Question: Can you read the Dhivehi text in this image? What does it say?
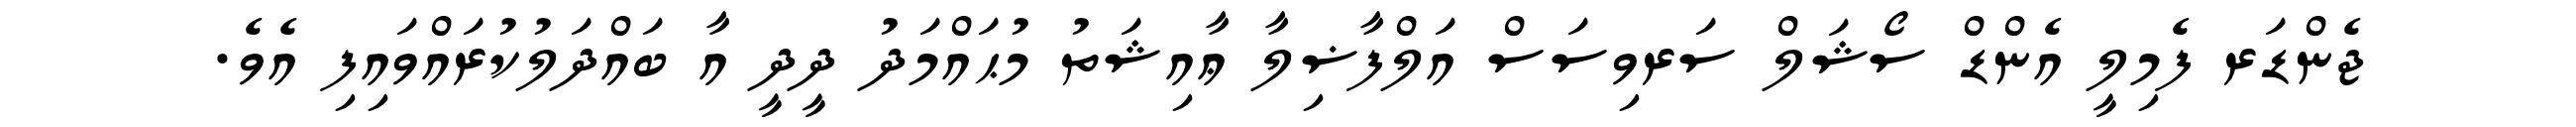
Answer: ޖެންޑަރ ފެމިލީ އެންޑް ސޯޝަލް ސަރވިސަސް އަލްފާޟިލާ ޢާއިޝަތު މުޙައްމަދު ދީދީ އާ ބައްދަލުކުރައްވައިފި އެވެ.